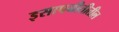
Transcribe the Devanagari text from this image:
इसापनीतीतील